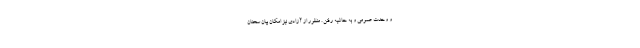
و وحدت عمومی و به حاشیه رفتن . منظور از آزادی نیز امکان بیان سخنان